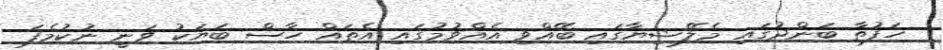
ހަފުތާ ބަންދުގައި މެލޭޝިޔާގައި ބޭއްވި އެއްވުމުގައި އެތައް ހާސް ބަޔަކު ވަނީ ނުކުމެފަ